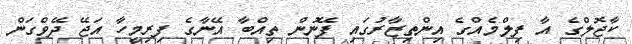
ކާޖޮލްގެ އާ ފިލްމެއްގެ އިންތިޒާރުގައި ފޭނުން ތިއްބާ އޭނާގެ ފިރިމީހާ އަޖޭ ދޭވްގަން